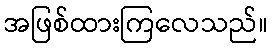
အဖြစ်ထားကြလေသည်။